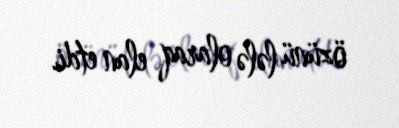
özünü lələ olaraq elan etdi.